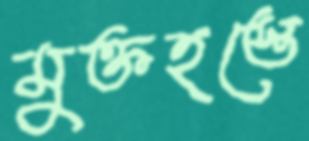
মুক্তহস্তে